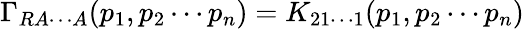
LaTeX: \Gamma_{RA\cdots A}(p_{1},p_{2}\cdots p_{n})=K_{21\cdots 1}(p_{1},p_{2}\cdots p_{n})